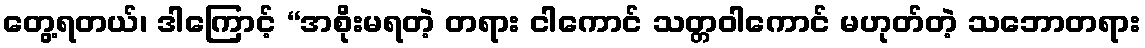
တွေ့ရတယ်၊ ဒါကြောင့် “အစိုးမရတဲ့ တရား ငါကောင် သတ္တဝါကောင် မဟုတ်တဲ့ သဘောတရား